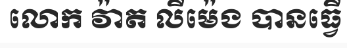
លោក វ៉ាត លីម៉េង បានធ្វើ